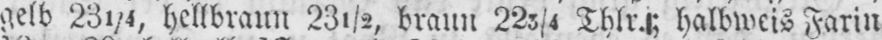
gelb 231/4, hellbraun 23½, braun 223/4 Thlr.; halbweis Farin